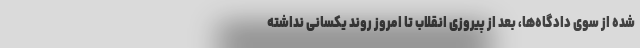
شده از سوی دادگاه‌ها، بعد از پیروزی انقلاب تا امروز روند یکسانی نداشته